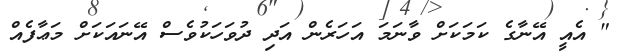
" އެއީ އޭނާގެ ކަމަކަށް ވާނަމަ އަހަރެން އަދި ދުވަހަކުވެސް އޭނައަކަށް މަޢާފެއް